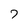
Character: 7